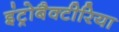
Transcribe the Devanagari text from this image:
इंट्रोबैक्टीरिया